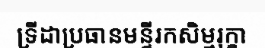
ទ្រីដាប្រធានមន្ទីរកសិម្មរុក្ខា